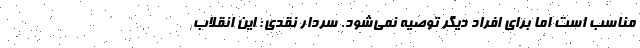
مناسب است اما برای افراد دیگر توصیه نمی‌شود. سردار نقدی: این انقلاب